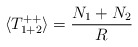
\begin{align*}\langle T^{+ +}_{1 + 2}\rangle= \frac{N_1 + N_2}{ R}\end{align*}